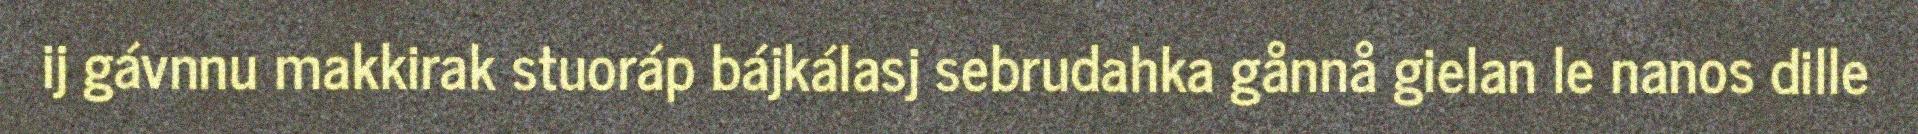
ij gávnnu makkirak stuoráp bájkálasj sebrudahka gånnå gielan le nanos dille